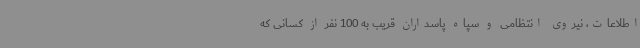
اطلاعات، نیروی انتظامی و سپاه پاسداران قریب به 100 نفر از کسانی که